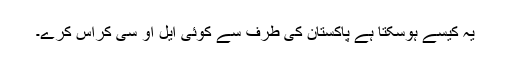
یہ کیسے ہوسکتا ہے پاکستان کی طرف سے کوئی ایل او سی کراس کرے۔